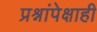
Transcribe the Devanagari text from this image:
प्रश्नांपेक्षाही